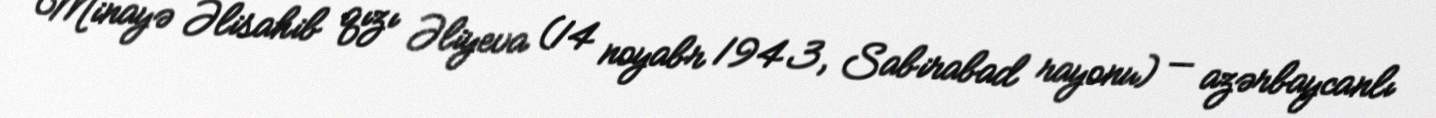
Minayə Əlisahib qızı Əliyeva (14 noyabr 1943, Sabirabad rayonu) — azərbaycanlı